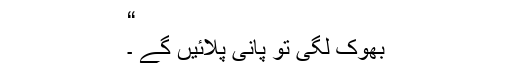
“
بھوک لگی تو پانی پلائیں گے ۔